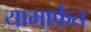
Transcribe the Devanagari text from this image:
यामार्फत